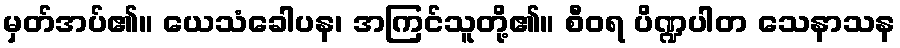
မှတ်အပ်၏။ ယေသံခေါပန၊ အကြင်သူတို့၏။ စီဝရ ပိဏ္ဍပါတ သေနာသန